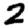
Digit: 2